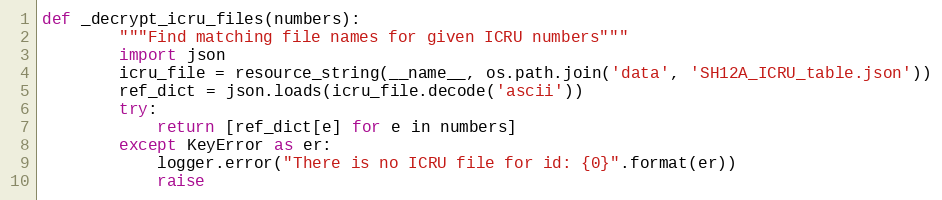
Language: Python
def _decrypt_icru_files(numbers):
        """Find matching file names for given ICRU numbers"""
        import json
        icru_file = resource_string(__name__, os.path.join('data', 'SH12A_ICRU_table.json'))
        ref_dict = json.loads(icru_file.decode('ascii'))
        try:
            return [ref_dict[e] for e in numbers]
        except KeyError as er:
            logger.error("There is no ICRU file for id: {0}".format(er))
            raise